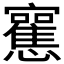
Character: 𰒣